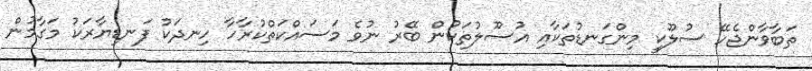
ތަބާވާންޖެހޭ ސުލޫކީ މިންގަނޑުތަކާއި އުސޫލުތަކުން ބޭރު ނުވެ މަަސައްކަތްކުރާހާ ހިނދަކު ފަނޑިޔާރަކު މަގާމުން